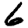
Digit: 6